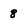
Character: 8